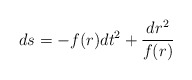
\begin{align*}ds = - f(r)dt^2+\frac{dr^2}{f(r)}\end{align*}